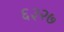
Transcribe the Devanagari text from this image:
६३२७